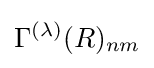
\Gamma ^{(\lambda )}(R)_{nm}